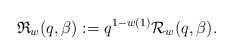
\begin{gather*}\mathfrak{R}_{w}(q,\beta) := q^{1-w(1)} {\cal {R}}_{w}(q,\beta).\end{gather*}